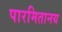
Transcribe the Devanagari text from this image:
पारमितानय